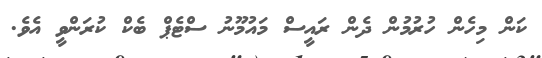
ކަން މިހެން ހުރުމުން ދެން ރައީސް މައުމޫނު ސްޓެޕް ބެކް ކުރަންވީ އެވެ.